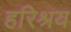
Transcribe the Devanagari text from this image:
हरिश्रय